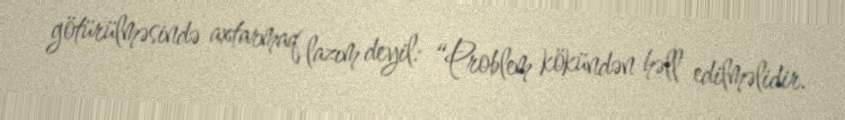
götürülməsində axtarmaq lazım deyil: “Problem kökündən həll edilməlidir.